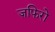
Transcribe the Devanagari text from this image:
ज़फिरो